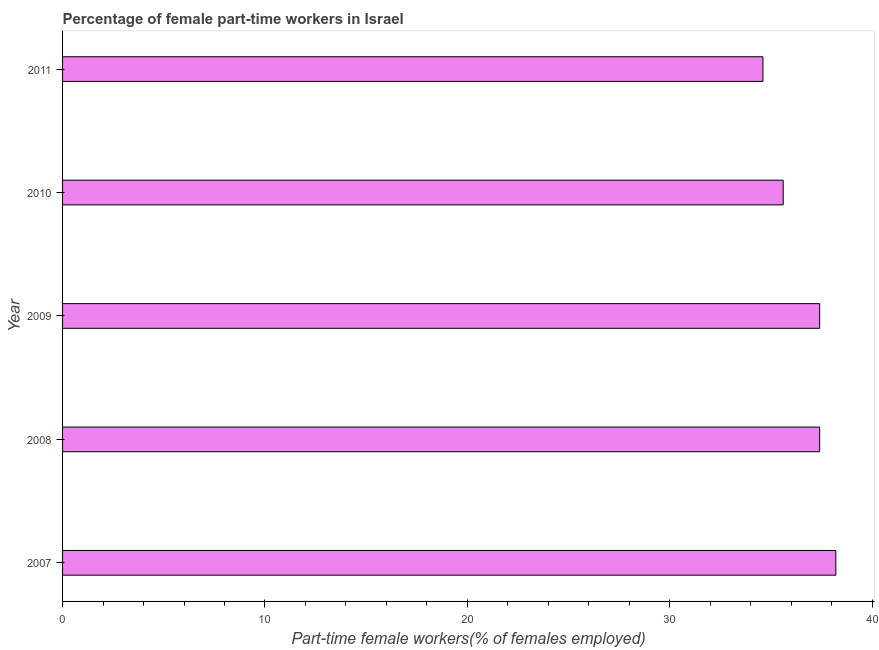
| Year | Part time employment |
 | --- | --- |
 | 2007 | 38.2 |
 | 2008 | 37.4 |
 | 2009 | 37.4 |
 | 2010 | 35.6 |
 | 2011 | 34.6 |